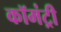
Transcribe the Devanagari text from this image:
कॉमंट्री